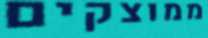
ממוצקים